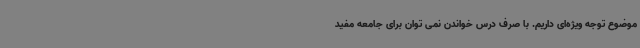
موضوع توجه ویژه‌ای داریم. با صرف درس خواندن نمی توان برای جامعه مفید